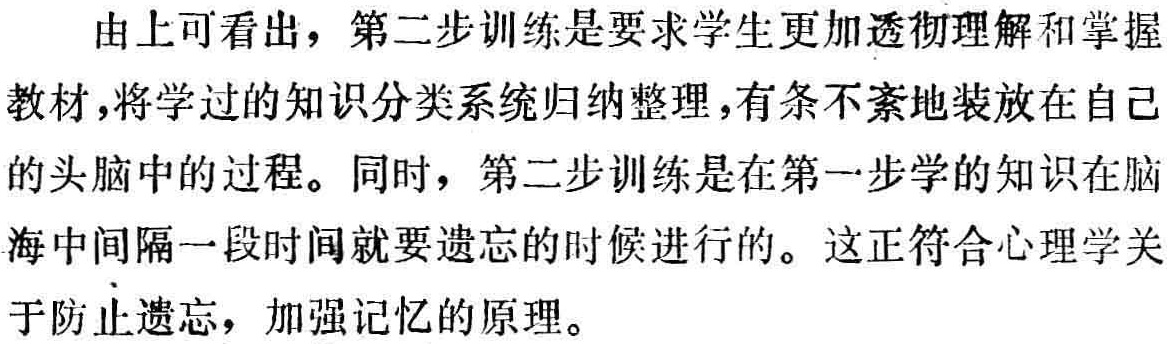
由上可看出，第二步训练是要求学生更加透彻理解和掌握教材，将学过的知识分类系统归纳整理，有条不紊地装放在自己的头脑中的过程。同时，第二步训练是在第一步学的知识在脑海中间隔一段时间就要遗忘的时候进行的。这正符合心理学关于防止遗忘，加强记忆的原理。